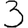
Digit: 3